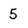
Character: 5